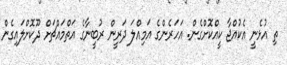
ތި އުޅެނީ އެކުއްޖާ ކީއްކޮށްގެން. އަހަރެންގެ އަމިއްލަ ދަރީން ރުބީނާގެ އަތްމައްޗަށް ދޫކޮށްލައިގެން